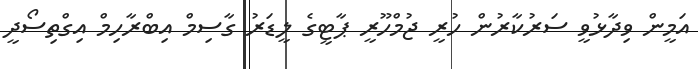
އަމީން ވިދާޅުވީ ސަރުކާރުން ހުރީ ޖުމްހޫރީ ޕާޓީގެ ލީޑަރު ގާސިމް އިބްރާހިމް އިގްތިސޯދީ